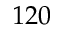
1 2 0